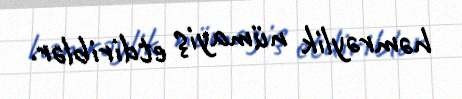
həmrəylik nümayiş etdiriblər.